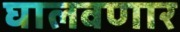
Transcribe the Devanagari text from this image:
घालवणार